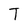
Character: T